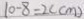
1 0 - 8 = 2 ( c m )